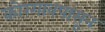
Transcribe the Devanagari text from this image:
कोरगावपासून